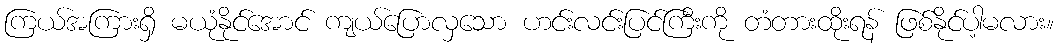
ကြယ်အကြားရှိ မယုံနိုင်အောင် ကျယ်ပြောလှသော ဟင်းလင်းပြင်ကြီးကို တံတားထိုးရန် ဖြစ်နိုင်ပါ့မလား။